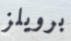
برويلز